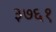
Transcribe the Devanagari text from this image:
३७६१